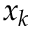
x _ { k }